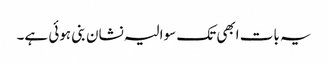
یہ بات ابھی تک سوالیہ نشان بنی ہوئی ہے۔